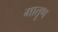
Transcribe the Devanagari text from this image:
मातॄण